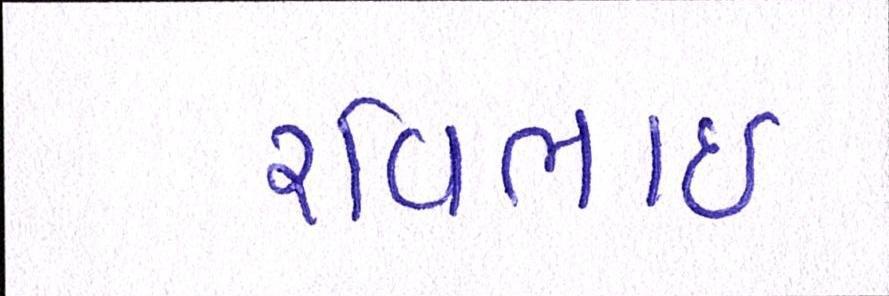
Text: રવિભાઇ